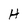
Character: H